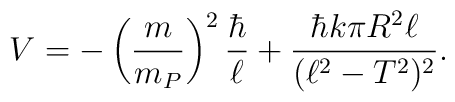
V = - \left({m\over m_P}\right)^2 {\hbar\over \ell}    + {\hbar k \pi R^2 \ell \over (\ell^2-T^2)^2}.